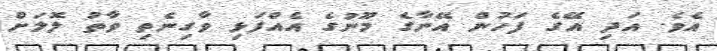
އެވެ. އަދި އޭގެ ފަހުން އޭނާގެ މޫނުގެ އެއްފަޅި ވާގިނެތި ވާތު ލޮލަށް